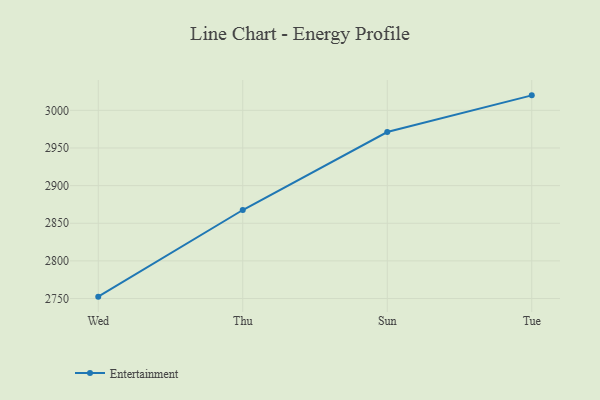
{"axis": {"x": "Day", "y": "Production Output"}, "legend": ["Entertainment"], "data": [{"x": "Wed", "y": 2752.5, "type": "Entertainment"}, {"x": "Thu", "y": 2867.6, "type": "Entertainment"}, {"x": "Sun", "y": 2971.2, "type": "Entertainment"}, {"x": "Tue", "y": 3019.9, "type": "Entertainment"}]}